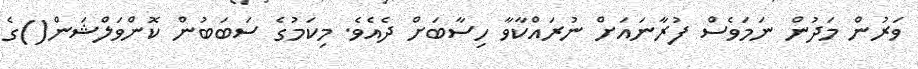
ވަރުން މަދުން ނަމަވެސް ފުރާނައަށް ނުރައްކާވާ ހިސާބަށް ދެއެވެ. މިކަމުގެ ސަބަބުން ކޮންވަލްޝަން()ގެ